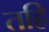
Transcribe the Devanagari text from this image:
तहि